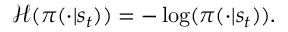
\mathcal { H } ( \pi ( \cdot | s _ { t } ) ) = - \log ( \pi ( \cdot | s _ { t } ) ) .